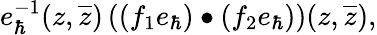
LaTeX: e_{\hbar}^{-1}(z,\overline{{{z}}})\left((f_{1}e_{\hbar})\bullet(f_{2}e_{\hbar})\right)(z,\overline{{{z}}}),